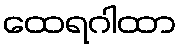
ထေရဂါထာ